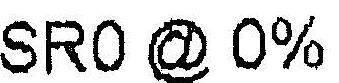
SR0 @ 0%